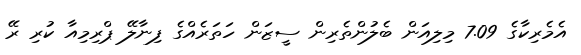
އެމެރިކާގެ 7.09 މިލިއަން ބެލުންތެރިން ސީޒަން ހަތަރެއްގެ ފިނާލޭ ޕްރިމިއާ ކުރި ރޭ